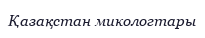
Қазақстан микологтары